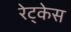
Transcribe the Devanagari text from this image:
रेट्केस